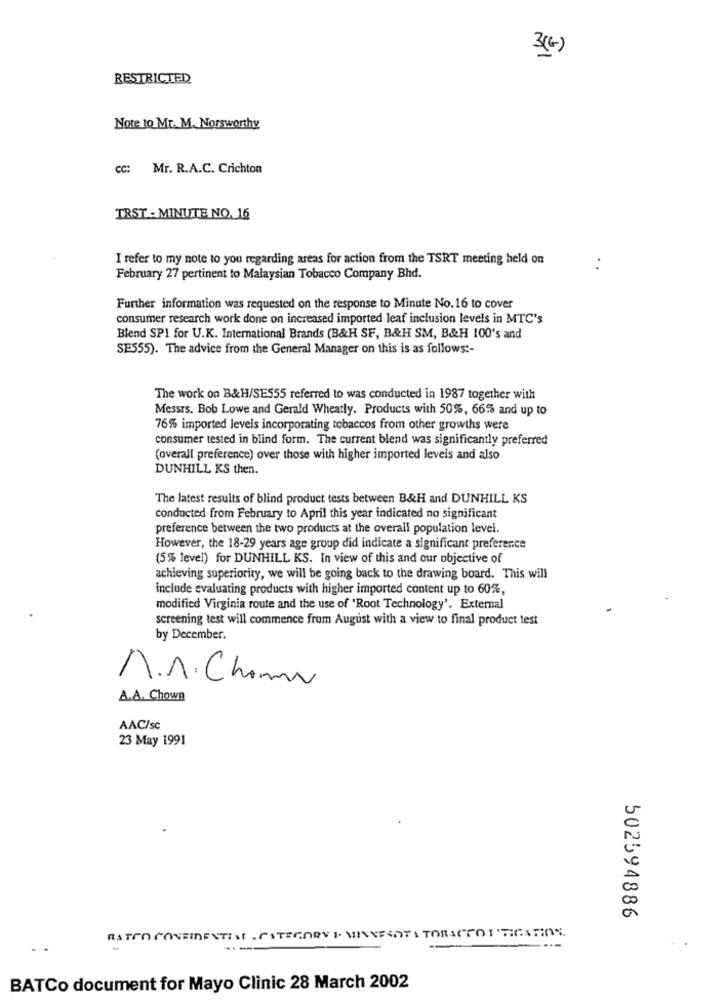
3(4)
RESTRICTED
Note to Mr. M. Norsworthy
cc: Mr. R.A.C. Crichton
TRST - MINUTE NO. 16
I refer to my note to you regarding areas for action from the TSRT meeting held on
February 27 pertinent to Malaysian Tobacco Company Bhd.
Further information was requested on the response to Minute No.16 to cover
consumer research work done on increased imported leaf inclusion levels in MTC's
Blend SPI for U.K. International Brands (B&H SF, B&H SM, B&H 100's and
SE555). The advice from the General Manager on this is as follows :-
The work on B&H/SES55 referred to was conducted in 1987 together with
Messrs. Bob Lowe and Gerald Wheatly. Products with 50%, 66% and up to
76% imported levels incorporating tobaccos from other growths were
consumer tested in blind form. The current blend was significantly preferred
(overall preference) over those with higher imported levels and also
DUNHILL KS then.
The latest results of blind product tests between B&H and DUNHILL KS
conducted from February to April this year indicated no significant
preference between the two products at the overall population level.
However, the 18-29 years age group did indicate a significant preference
(5% level) for DUNHILL KS. In view of this and our objective of
achieving superiority, we will be going back to the drawing board. This will
include evaluating products with higher imported content up to 60%,
modified Virginia route and the use of 'Root Technology'. External
screening test will commence from August with a view to final product test
by December.
M.A. Chama
A.A. Chown
AAC/sc
23 May 1991
502594886
RATTO CONFIDENTIST . CATEGORVI. MINNESOTA TOBACCOI FICATION.
BATCo document for Mayo Clinic 28 March 2002